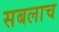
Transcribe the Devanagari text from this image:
सबलाच